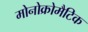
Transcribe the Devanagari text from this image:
मोनोक्रोमैटिक